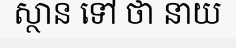
ស្ថាន ទៅ ថា នាយ